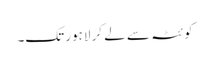
کوئٹہ سے لے کر لاہور تک۔